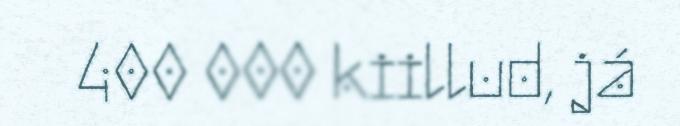
400 000 kiillud, já